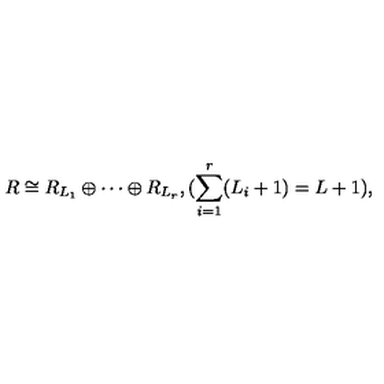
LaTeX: R \cong R _ { L _ { 1 } } \oplus \cdots \oplus R _ { L _ { r } } , ( \sum _ { i = 1 } ^ { r } ( L _ { i } + 1 ) = L + 1 ) ,